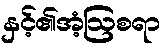
နှင့်၏အံ့ဩစရာ